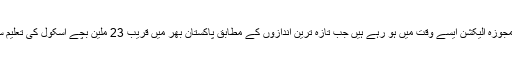
2018 ء کے مجوزہ الیکشن ایسے وقت میں ہو رہے ہیں جب تازہ ترین اندازوں کے مطابق پاکستان بھر میں قریب 23 ملین بچے اسکول کی تعلیم سے محروم ہیں۔